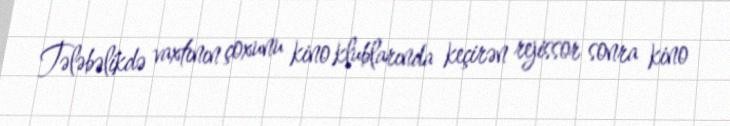
Tələbəlikdə vaxtının çoxunu kino klublarında keçirən rejissor sonra kino